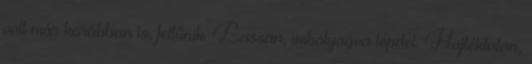
volt már korábban is, feltűnik. Lassan, imbolyogva lépdel. Hajléktalan,